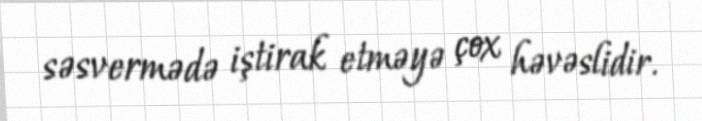
səsvermədə iştirak etməyə çox həvəslidir.